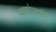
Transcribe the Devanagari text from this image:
पक्ष्यांनाही